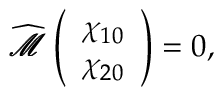
{ \widehat { \pmb { \mathscr { M } } } } \left( \begin{array} { l } { \chi _ { 1 0 } } \\ { \chi _ { 2 0 } } \end{array} \right) = 0 ,